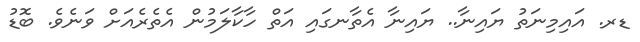
ޑރ. އައިމިނަތު ޔައިނާ.. ޔައިނާ އެތާނގައި އަތް ހާކާލަމުން އެތެރެއަށް ވަނެވެ. ބޮޑު